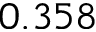
0 . 3 5 8